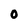
Character: O